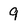
Character: 9